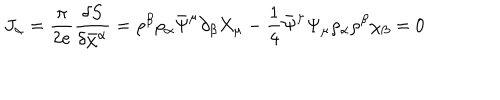
J _ { \alpha } = \frac { \pi } { 2 e } \frac { \delta S } { \delta \bar { \chi } ^ { \alpha } } = \rho ^ { \beta } \rho _ { \alpha } \bar { \Psi } ^ { \mu } \partial _ { \beta } X _ { \mu } - \frac { 1 } { 4 } \bar { \Psi } ^ { \mu } \Psi _ { \mu } \rho _ { \alpha } \rho ^ { \beta } \chi _ { \beta } = 0